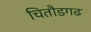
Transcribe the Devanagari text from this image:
चितौडगढ